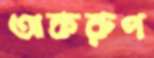
অকরুণ